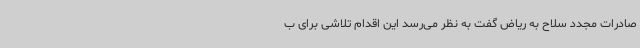
صادرات مجدد سلاح به ریاض گفت به نظر می‌رسد این اقدام تلاشی برای ب